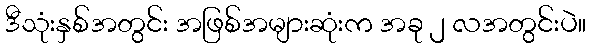
ဒီသုံးနှစ်အတွင်း အဖြစ်အများဆုံးက အခု ၂ လအတွင်းပဲ။